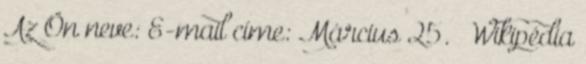
Az Ön neve: E-mail címe: Március 25. – Wikipédia